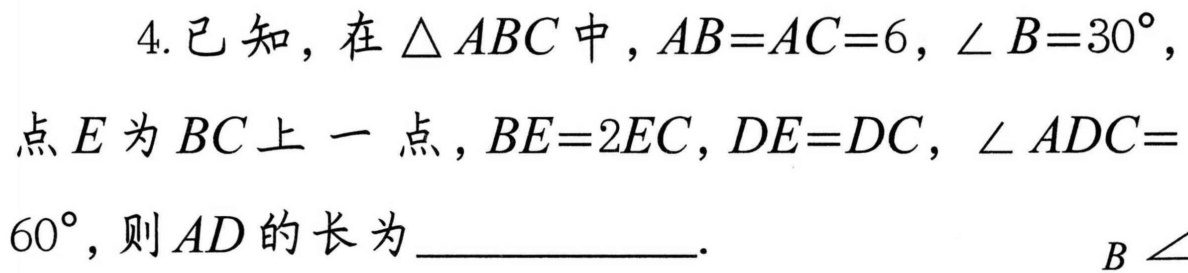
4. 已知，在\(\triangle ABC\)中，\(AB = AC = 6\)，\(\angle B = 30^{\circ}\)，
点\(E\)为\(BC\)上一点，\(BE = 2EC\)，\(DE = DC\)，\(\angle ADC =
60^{\circ}\)，则\(AD\)的长为____________.  \(B\angle\)